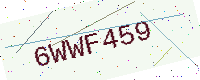
Text: 6WWF459